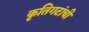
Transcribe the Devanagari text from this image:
कृतिगटांची